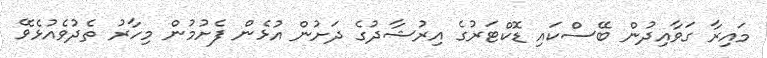
މައިރާ ގަވާއިދުން ބޭސްކައި ޑޮކްޓަރުގެ އިރުޝާދުގެ ދަށުން އުޅެން ފެށުމުން މިހާރު ތެދުވެއުޅެވޭ